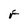
Character: F